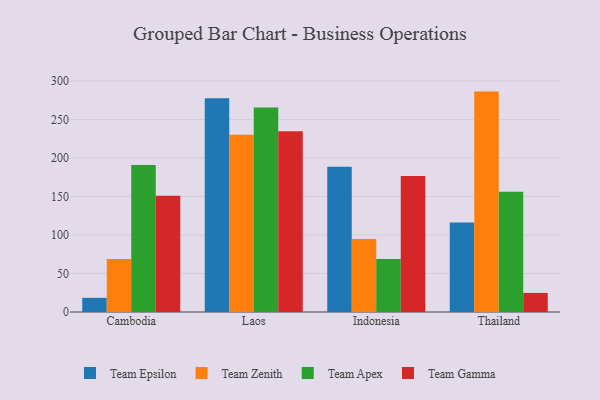
{"axis": {"x": "Country", "y": "Headcount"}, "legend": ["Team Apex", "Team Epsilon", "Team Gamma", "Team Zenith"], "data": [{"x": "Cambodia", "y": 18.4, "type": "Team Epsilon"}, {"x": "Cambodia", "y": 68.7, "type": "Team Zenith"}, {"x": "Cambodia", "y": 191.1, "type": "Team Apex"}, {"x": "Cambodia", "y": 150.9, "type": "Team Gamma"}, {"x": "Laos", "y": 277.5, "type": "Team Epsilon"}, {"x": "Laos", "y": 230.2, "type": "Team Zenith"}, {"x": "Laos", "y": 265.6, "type": "Team Apex"}, {"x": "Laos", "y": 234.8, "type": "Team Gamma"}, {"x": "Indonesia", "y": 188.8, "type": "Team Epsilon"}, {"x": "Indonesia", "y": 94.7, "type": "Team Zenith"}, {"x": "Indonesia", "y": 68.8, "type": "Team Apex"}, {"x": "Indonesia", "y": 176.8, "type": "Team Gamma"}, {"x": "Thailand", "y": 116.4, "type": "Team Epsilon"}, {"x": "Thailand", "y": 286.3, "type": "Team Zenith"}, {"x": "Thailand", "y": 156.3, "type": "Team Apex"}, {"x": "Thailand", "y": 24.8, "type": "Team Gamma"}]}